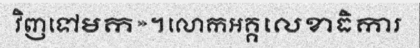
វិញទៅមក»។លោកអគ្គលេខាធិការ